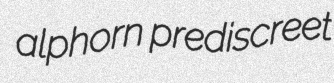
alphorn prediscreet